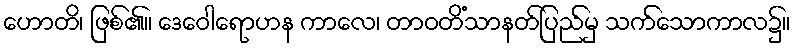
ဟောတိ၊ ဖြစ်၏။ ဒေဝေါရောဟန ကာလေ၊ တာဝတိံသာနတ်ပြည်မှ သက်သောကာလ၌။